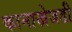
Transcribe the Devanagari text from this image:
कानाखेजडी